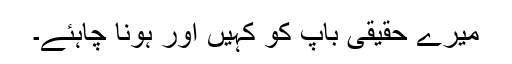
میرے حقیقی باپ کو کہیں اور ہونا چاہئے۔